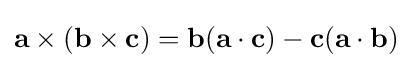
\mathbf {a} \times (\mathbf {b} \times \mathbf {c} )=\mathbf {b} (\mathbf {a} \cdot \mathbf {c} )-\mathbf {c} (\mathbf {a} \cdot \mathbf {b} )